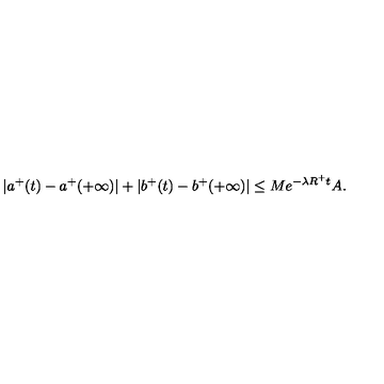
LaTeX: | a ^ { + } ( t ) - a ^ { + } ( + \infty ) | + | b ^ { + } ( t ) - b ^ { + } ( + \infty ) | \leq M e ^ { - \lambda R ^ { + } t } A .